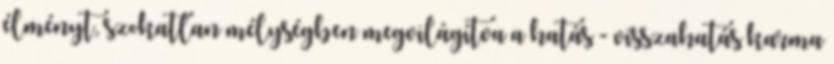
élményt, szokatlan mélységben megvilágítva a hatás - visszahatás karma